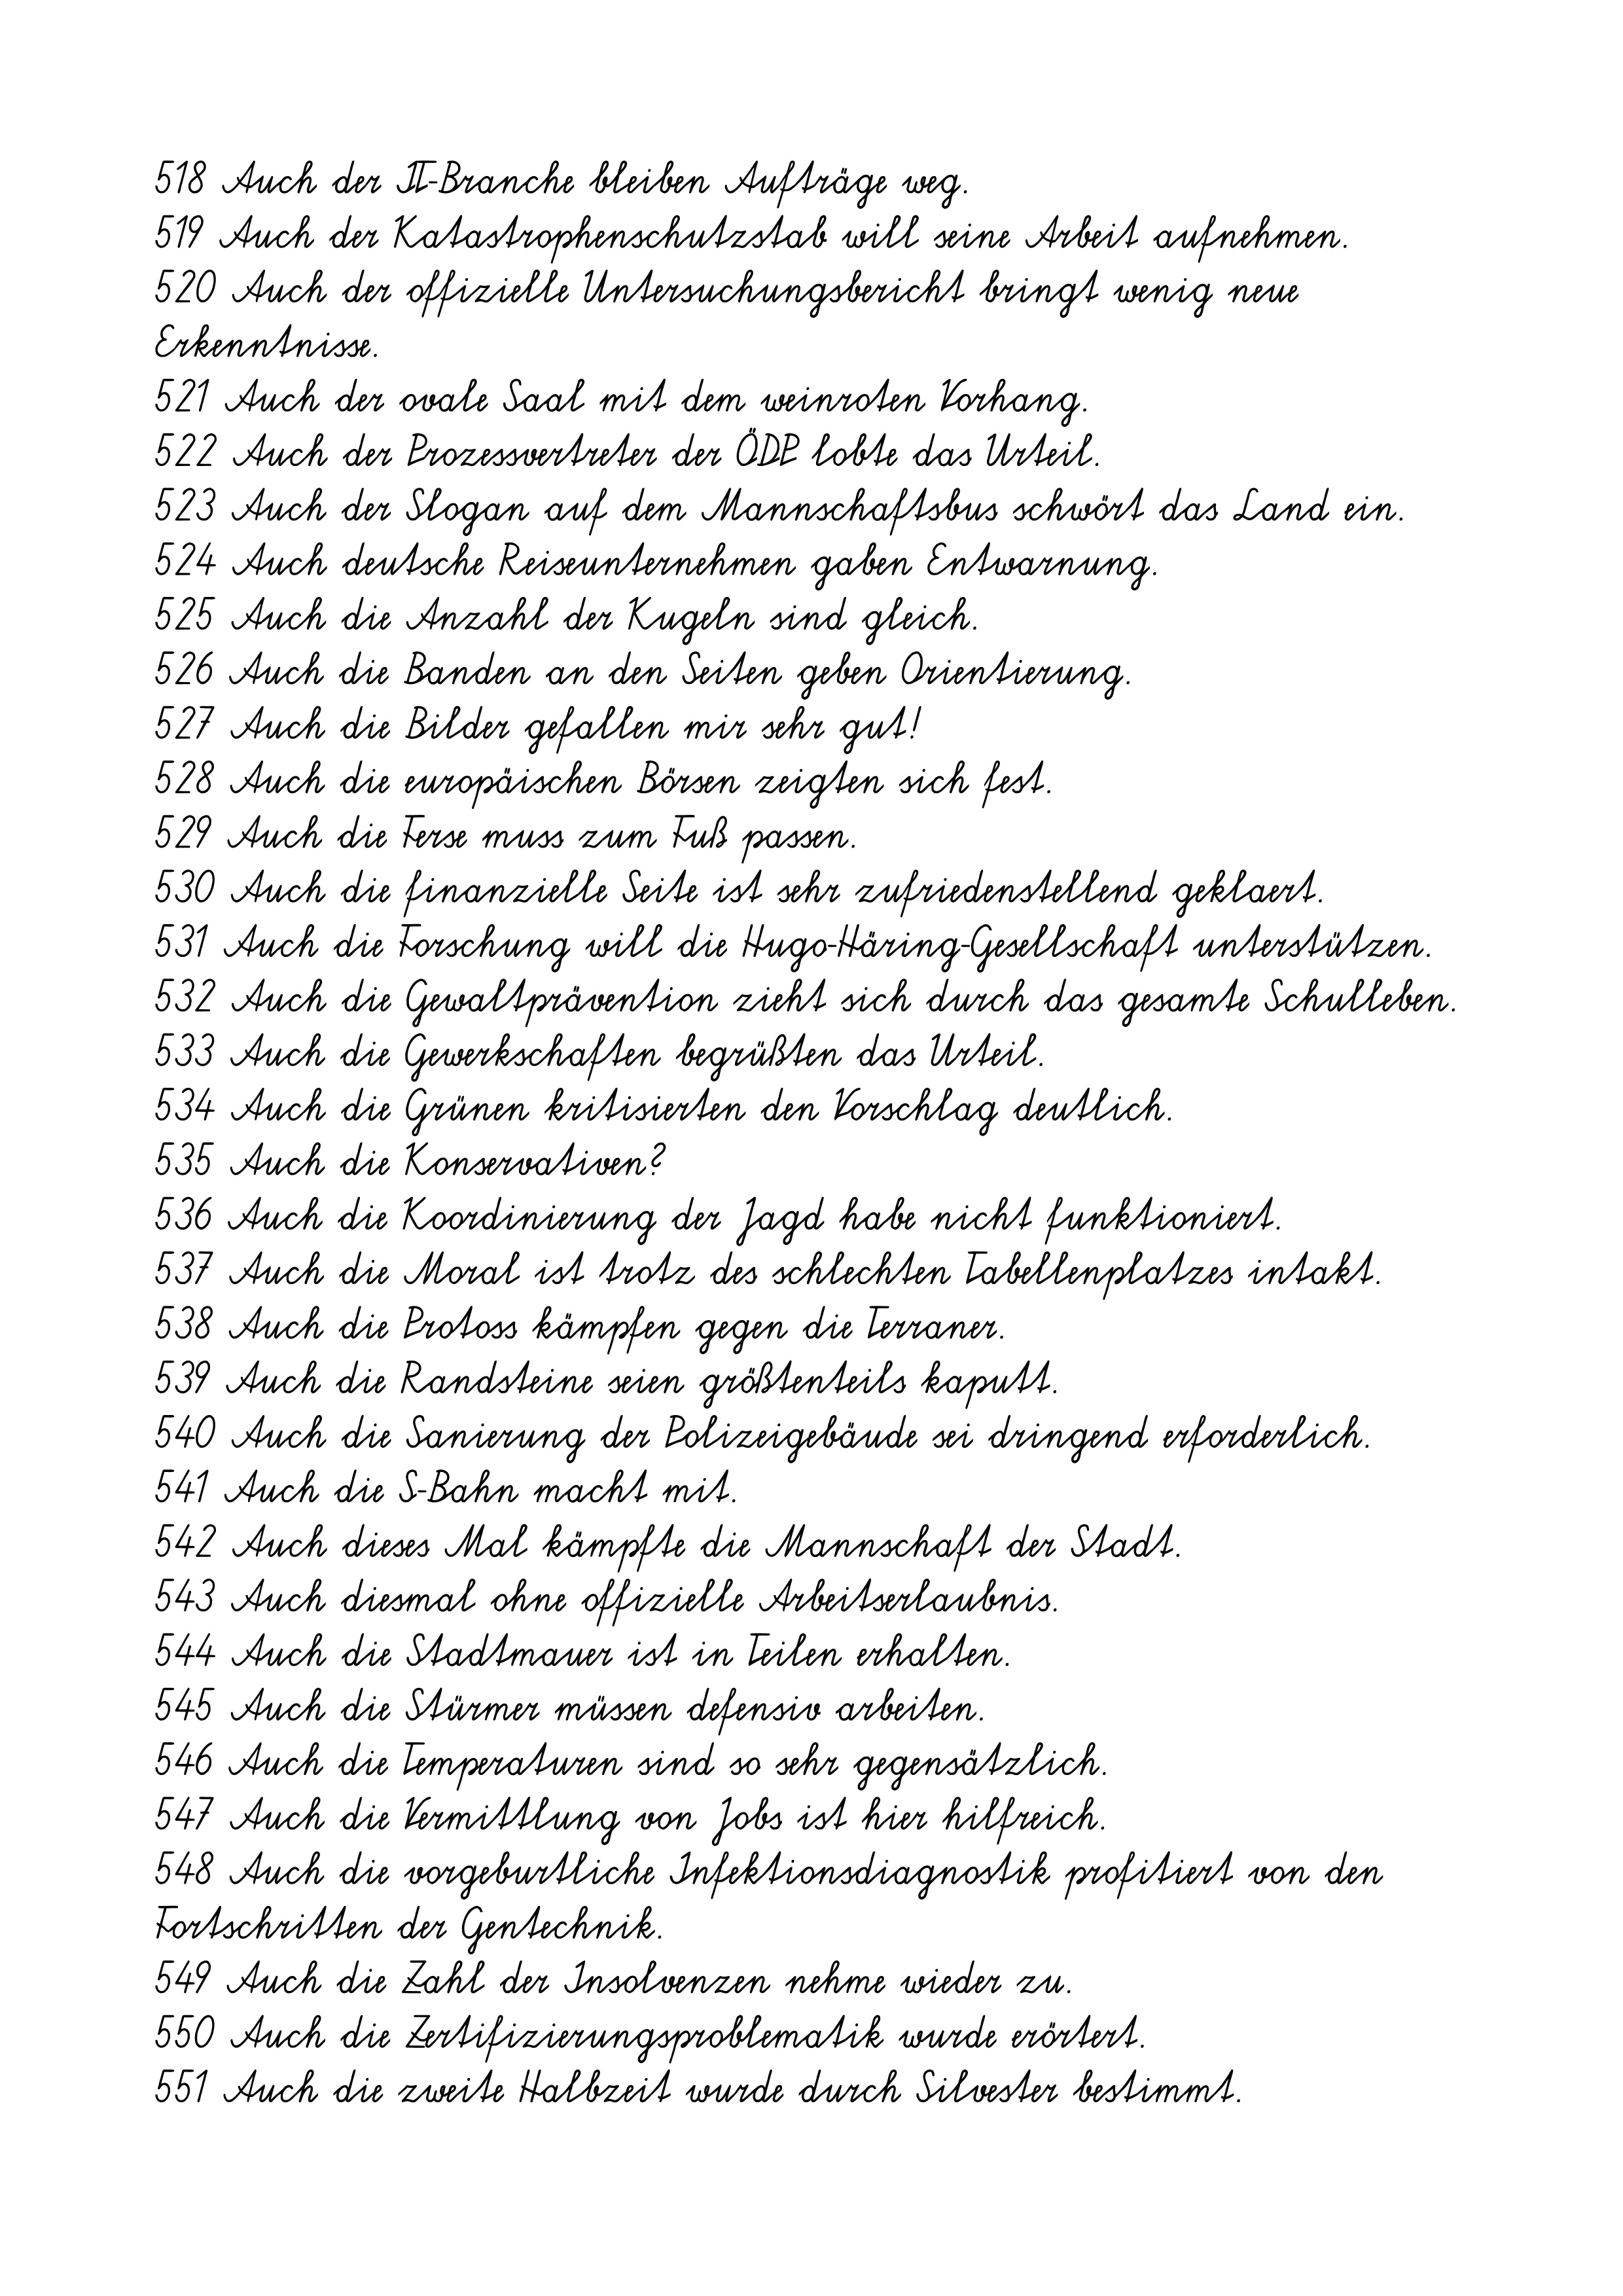
518 Auch der IT-Branche bleiben Aufträge weg.
519 Auch der Katastrophenschutzstab will seine Arbeit aufnehmen.
520 Auch der offizielle Untersuchungsbericht bringt wenig neue
Erkenntnisse.
521 Auch der ovale Saal mit dem weinroten Vorhang.
522 Auch der Prozessvertreter der ÖDP lobte das Urteil.
523 Auch der Slogan auf dem Mannschaftsbus schwört das Land ein.
524 Auch deutsche Reiseunternehmen gaben Entwarnung.
525 Auch die Anzahl der Kugeln sind gleich.
526 Auch die Banden an den Seiten geben Orientierung.
527 Auch die Bilder gefallen mir sehr gut!
528 Auch die europäischen Börsen zeigten sich fest.
529 Auch die Ferse muss zum Fuß passen.
530 Auch die finanzielle Seite ist sehr zufriedenstellend geklaert.
531 Auch die Forschung will die Hugo-Häring-Gesellschaft unterstützen.
532 Auch die Gewaltprävention zieht sich durch das gesamte Schulleben.
533 Auch die Gewerkschaften begrüßten das Urteil.
534 Auch die Grünen kritisierten den Vorschlag deutlich.
535 Auch die Konservativen?
536 Auch die Koordinierung der Jagd habe nicht funktioniert.
537 Auch die Moral ist trotz des schlechten Tabellenplatzes intakt.
538 Auch die Protoss kämpfen gegen die Terraner.
539 Auch die Randsteine seien größtenteils kaputt.
540 Auch die Sanierung der Polizeigebäude sei dringend erforderlich.
541 Auch die S-Bahn macht mit.
542 Auch dieses Mal kämpfte die Mannschaft der Stadt.
543 Auch diesmal ohne offizielle Arbeitserlaubnis.
544 Auch die Stadtmauer ist in Teilen erhalten.
545 Auch die Stürmer müssen defensiv arbeiten.
546 Auch die Temperaturen sind so sehr gegensätzlich.
547 Auch die Vermittlung von Jobs ist hier hilfreich.
548 Auch die vorgeburtliche Infektionsdiagnostik profitiert von den
Fortschritten der Gentechnik.
549 Auch die Zahl der Insolvenzen nehme wieder zu.
550 Auch die Zertifizierungsproblematik wurde erörtert.
551 Auch die zweite Halbzeit wurde durch Silvester bestimmt.